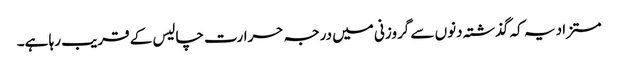
مستزاد یہ کہ گذشتہ دنوں سے گروزنی میں درجہ حرارت چالیس کے قریب رہا ہے۔